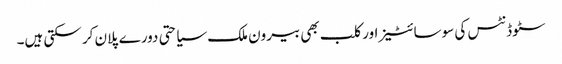
سٹوڈنٹس کی سوسائٹیز اور کلب بھی بیرون ملک سیاحتی دورے پلان کر سکتی ہیں۔